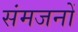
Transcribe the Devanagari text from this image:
संमजनों